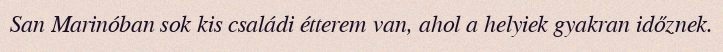
San Marinóban sok kis családi étterem van, ahol a helyiek gyakran időznek.